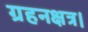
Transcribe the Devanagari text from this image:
ग्रहनक्षत्र।